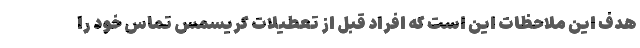
هدف این ملاحظات این است که افراد قبل از تعطیلات کریسمس تماس خود را